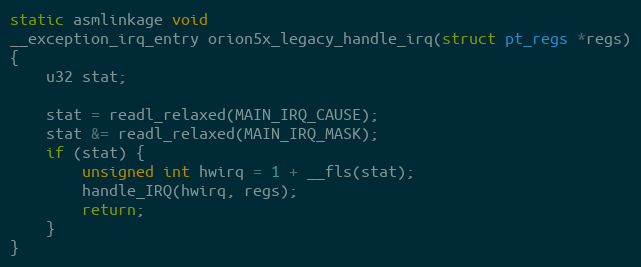
Language: C
static asmlinkage void
__exception_irq_entry orion5x_legacy_handle_irq(struct pt_regs *regs)
{
	u32 stat;

	stat = readl_relaxed(MAIN_IRQ_CAUSE);
	stat &= readl_relaxed(MAIN_IRQ_MASK);
	if (stat) {
		unsigned int hwirq = 1 + __fls(stat);
		handle_IRQ(hwirq, regs);
		return;
	}
}